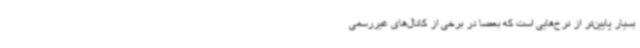
بسیار پایین‌تر از نرخ‌هایی است که بعضا در برخی از کانال‌های غیررسمی